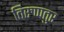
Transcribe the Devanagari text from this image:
तिरुप्पतुर